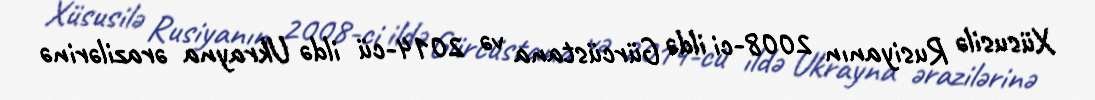
Xüsusilə Rusiyanın 2008-ci ildə Gürcüstana və 2014-cü ildə Ukrayna ərazilərinə